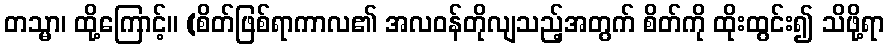
တသ္မာ၊ ထို့ကြောင့်။ (စိတ်ဖြစ်ရာကာလ၏ အလဝန်တိုလျသည့်အတွက် စိတ်ကို ထိုးထွင်း၍ သိဖို့ရာ